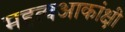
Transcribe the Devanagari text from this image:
महत्वआकांक्षी